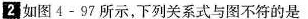
2如图4-97所示，下列关系式与图不符的是